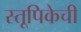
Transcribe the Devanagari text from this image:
स्तूपिकेची